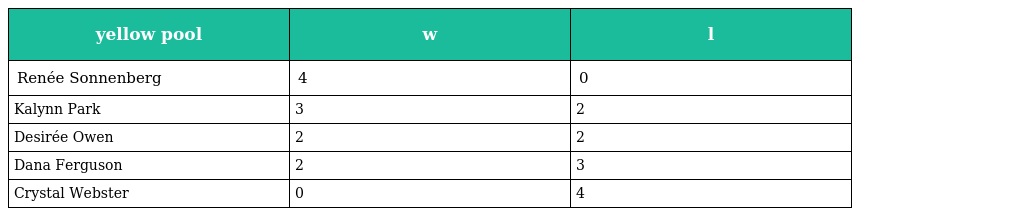
| yellow pool | w | l |
 | --- | --- | --- |
 | Renée Sonnenberg | 4 | 0 |
 | Kalynn Park | 3 | 2 |
 | Desirée Owen | 2 | 2 |
 | Dana Ferguson | 2 | 3 |
 | Crystal Webster | 0 | 4 |